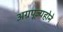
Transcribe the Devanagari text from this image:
अग्रपूज्यहोने